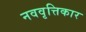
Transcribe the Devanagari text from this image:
नववृत्तिकार